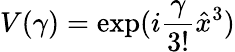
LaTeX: V(\gamma)=\exp(i\frac{\gamma}{3!}\hat{x}^{3})